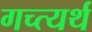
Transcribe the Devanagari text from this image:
गच्त्यर्थ